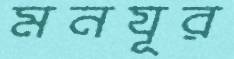
মনযূর